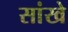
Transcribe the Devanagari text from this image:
सांखे